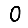
Digit: 0